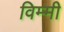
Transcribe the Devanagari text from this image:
विम्मी